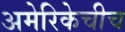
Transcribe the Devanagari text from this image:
अमेरिकेचीच